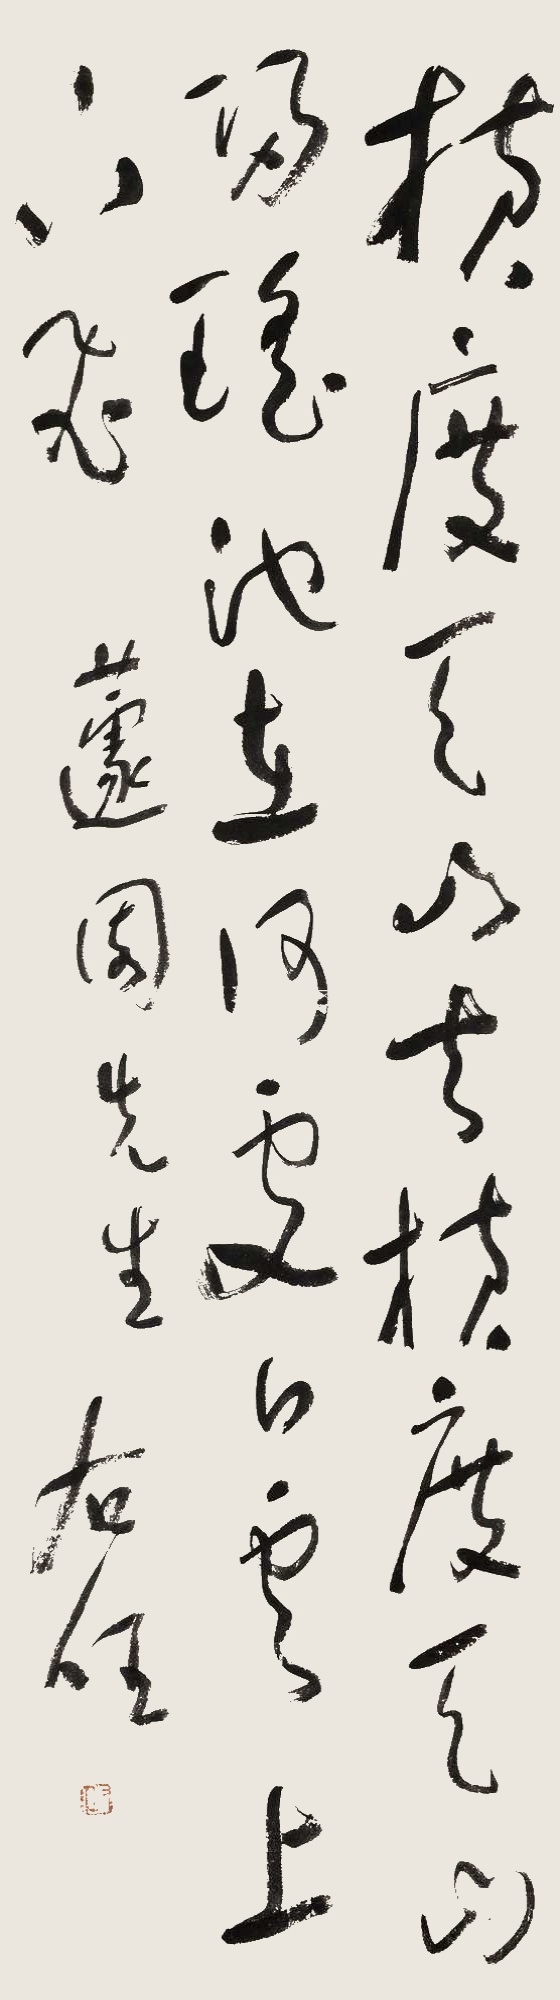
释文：横度天山去，横度天山归。瑶池在何处，白云上下飞。蘧园先生。右任。